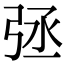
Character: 𢏞